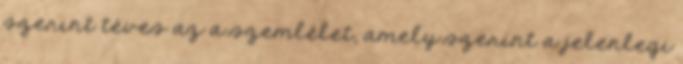
szerint téves az a szemlélet, amely szerint a jelenlegi